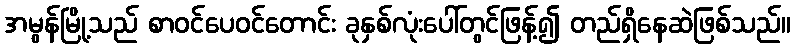
အမွန်မြို့သည် စာဝင်ပေဝင်တောင်း ခုနှစ်လုံးပေါ်တွင်ဖြန့်၍ တည်ရှိနေဆဲဖြစ်သည်။